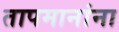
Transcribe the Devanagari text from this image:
तापमानांना